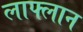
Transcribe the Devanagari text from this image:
लाफ्लान